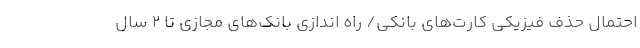
احتمال حذف فیزیکی کارت‌های بانکی/ راه اندازی بانک‌های مجازی تا ۲ سال